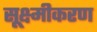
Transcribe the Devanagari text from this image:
सूक्ष्मीकरण